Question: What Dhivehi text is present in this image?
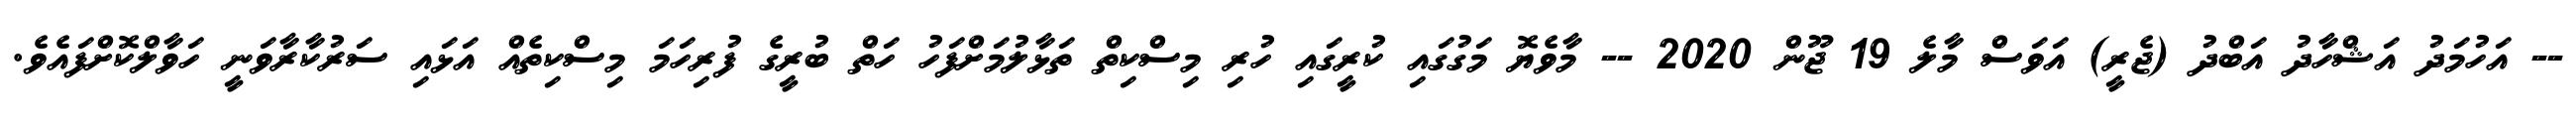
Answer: -- އަހުމަދު އަޝްހާދު އަބްދު (ޖެރީ) އަވަސް މާލެ 19 ޖޫން 2020 -- މާވެޔޮ މަގުގައި ކުރީގައި ހުރި މިސްކިތް ތަޅާލުމަށްފަހު ހަތް ބުރީގެ ފުރިހަމަ މިސްކިތެއް އަޅައި ސަރުކާރާވަނީ ހަވާލްކޮށްފައެވެ.